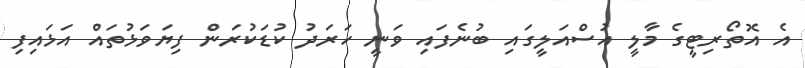
އެ އޮތޯރިޓީގެ މާލީ އުސްއަލީގައި ބުނެފައި ވަނީ ހަރަދު ކުޑަކުރަން ފިޔަވަޅުތައް އަޅައިފި